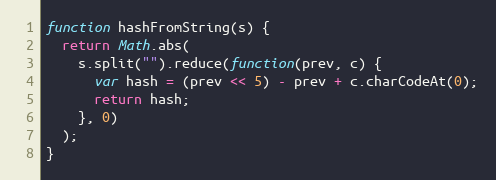
Language: JavaScript
function hashFromString(s) {
  return Math.abs(
    s.split("").reduce(function(prev, c) {
      var hash = (prev << 5) - prev + c.charCodeAt(0);
      return hash;
    }, 0)
  );
}